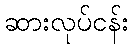
ဆားလုပ်ငန်း